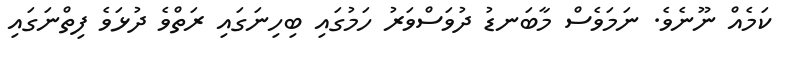
ކަމެއް ނޫނެވެ. ނަމަވެސް މާބަނޑު ދުވަސްވަރު ހަމުގައި ބިހިނަގައި ރަތްވެ ދުޅަވެ ފިތްނަގައި